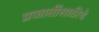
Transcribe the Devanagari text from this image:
प्रजातींसाठीचे